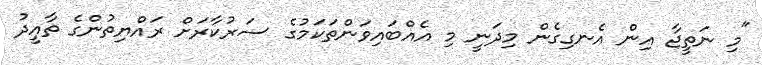
"މި ނަތީޖާ އިން އެނގިގެން މިދަނީ މި އެއްބައިވަންތަކަމުގެ ސަރުކާރަށް ރައްޔިތުންގެ ތާއީދު